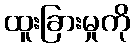
ထူးခြားမှုကို